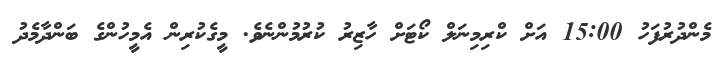
މެންދުރުފަހު 15:00 އަށް ކްރިމިނަލް ކޯޓަށް ހާޒިރު ކުރުމުންނެވެ. މީގެކުރިން އެމީހުންގެ ބަންދާމެދު